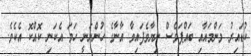
ކުޑައިރު މަންމައާއި ބައްޕަވެސް ނިޔާވެފައިވާ އާނާގެ ހުންނަނީ ހަމަ އެކަނި ކޮއްކޮ އެކެވެ.